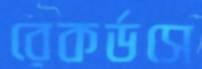
রেকর্ডসে